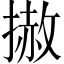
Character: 𢲳